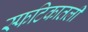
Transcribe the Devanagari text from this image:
स्फटिकातली